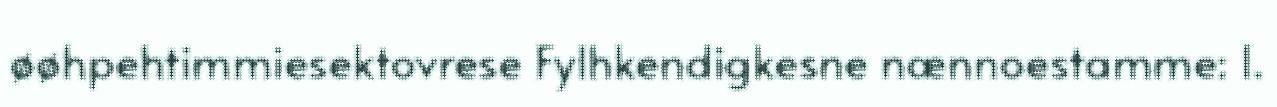
øøhpehtimmiesektovrese Fylhkendigkesne nænnoestamme: 1.